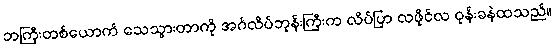
ဘကြီးတစ်ယောက် သေသွားတာကို အင်္ဂလိပ်ဘုန်းကြီးက လိပ်ပြာ လဖိုင်လ ဝုန်းခနဲထသည်။